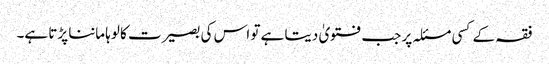
فقہ کے کسی مسئلہ پر جب فتویٰ دیتا ہے تو اس کی بصیرت کا لوہا ماننا پڑتا ہے۔